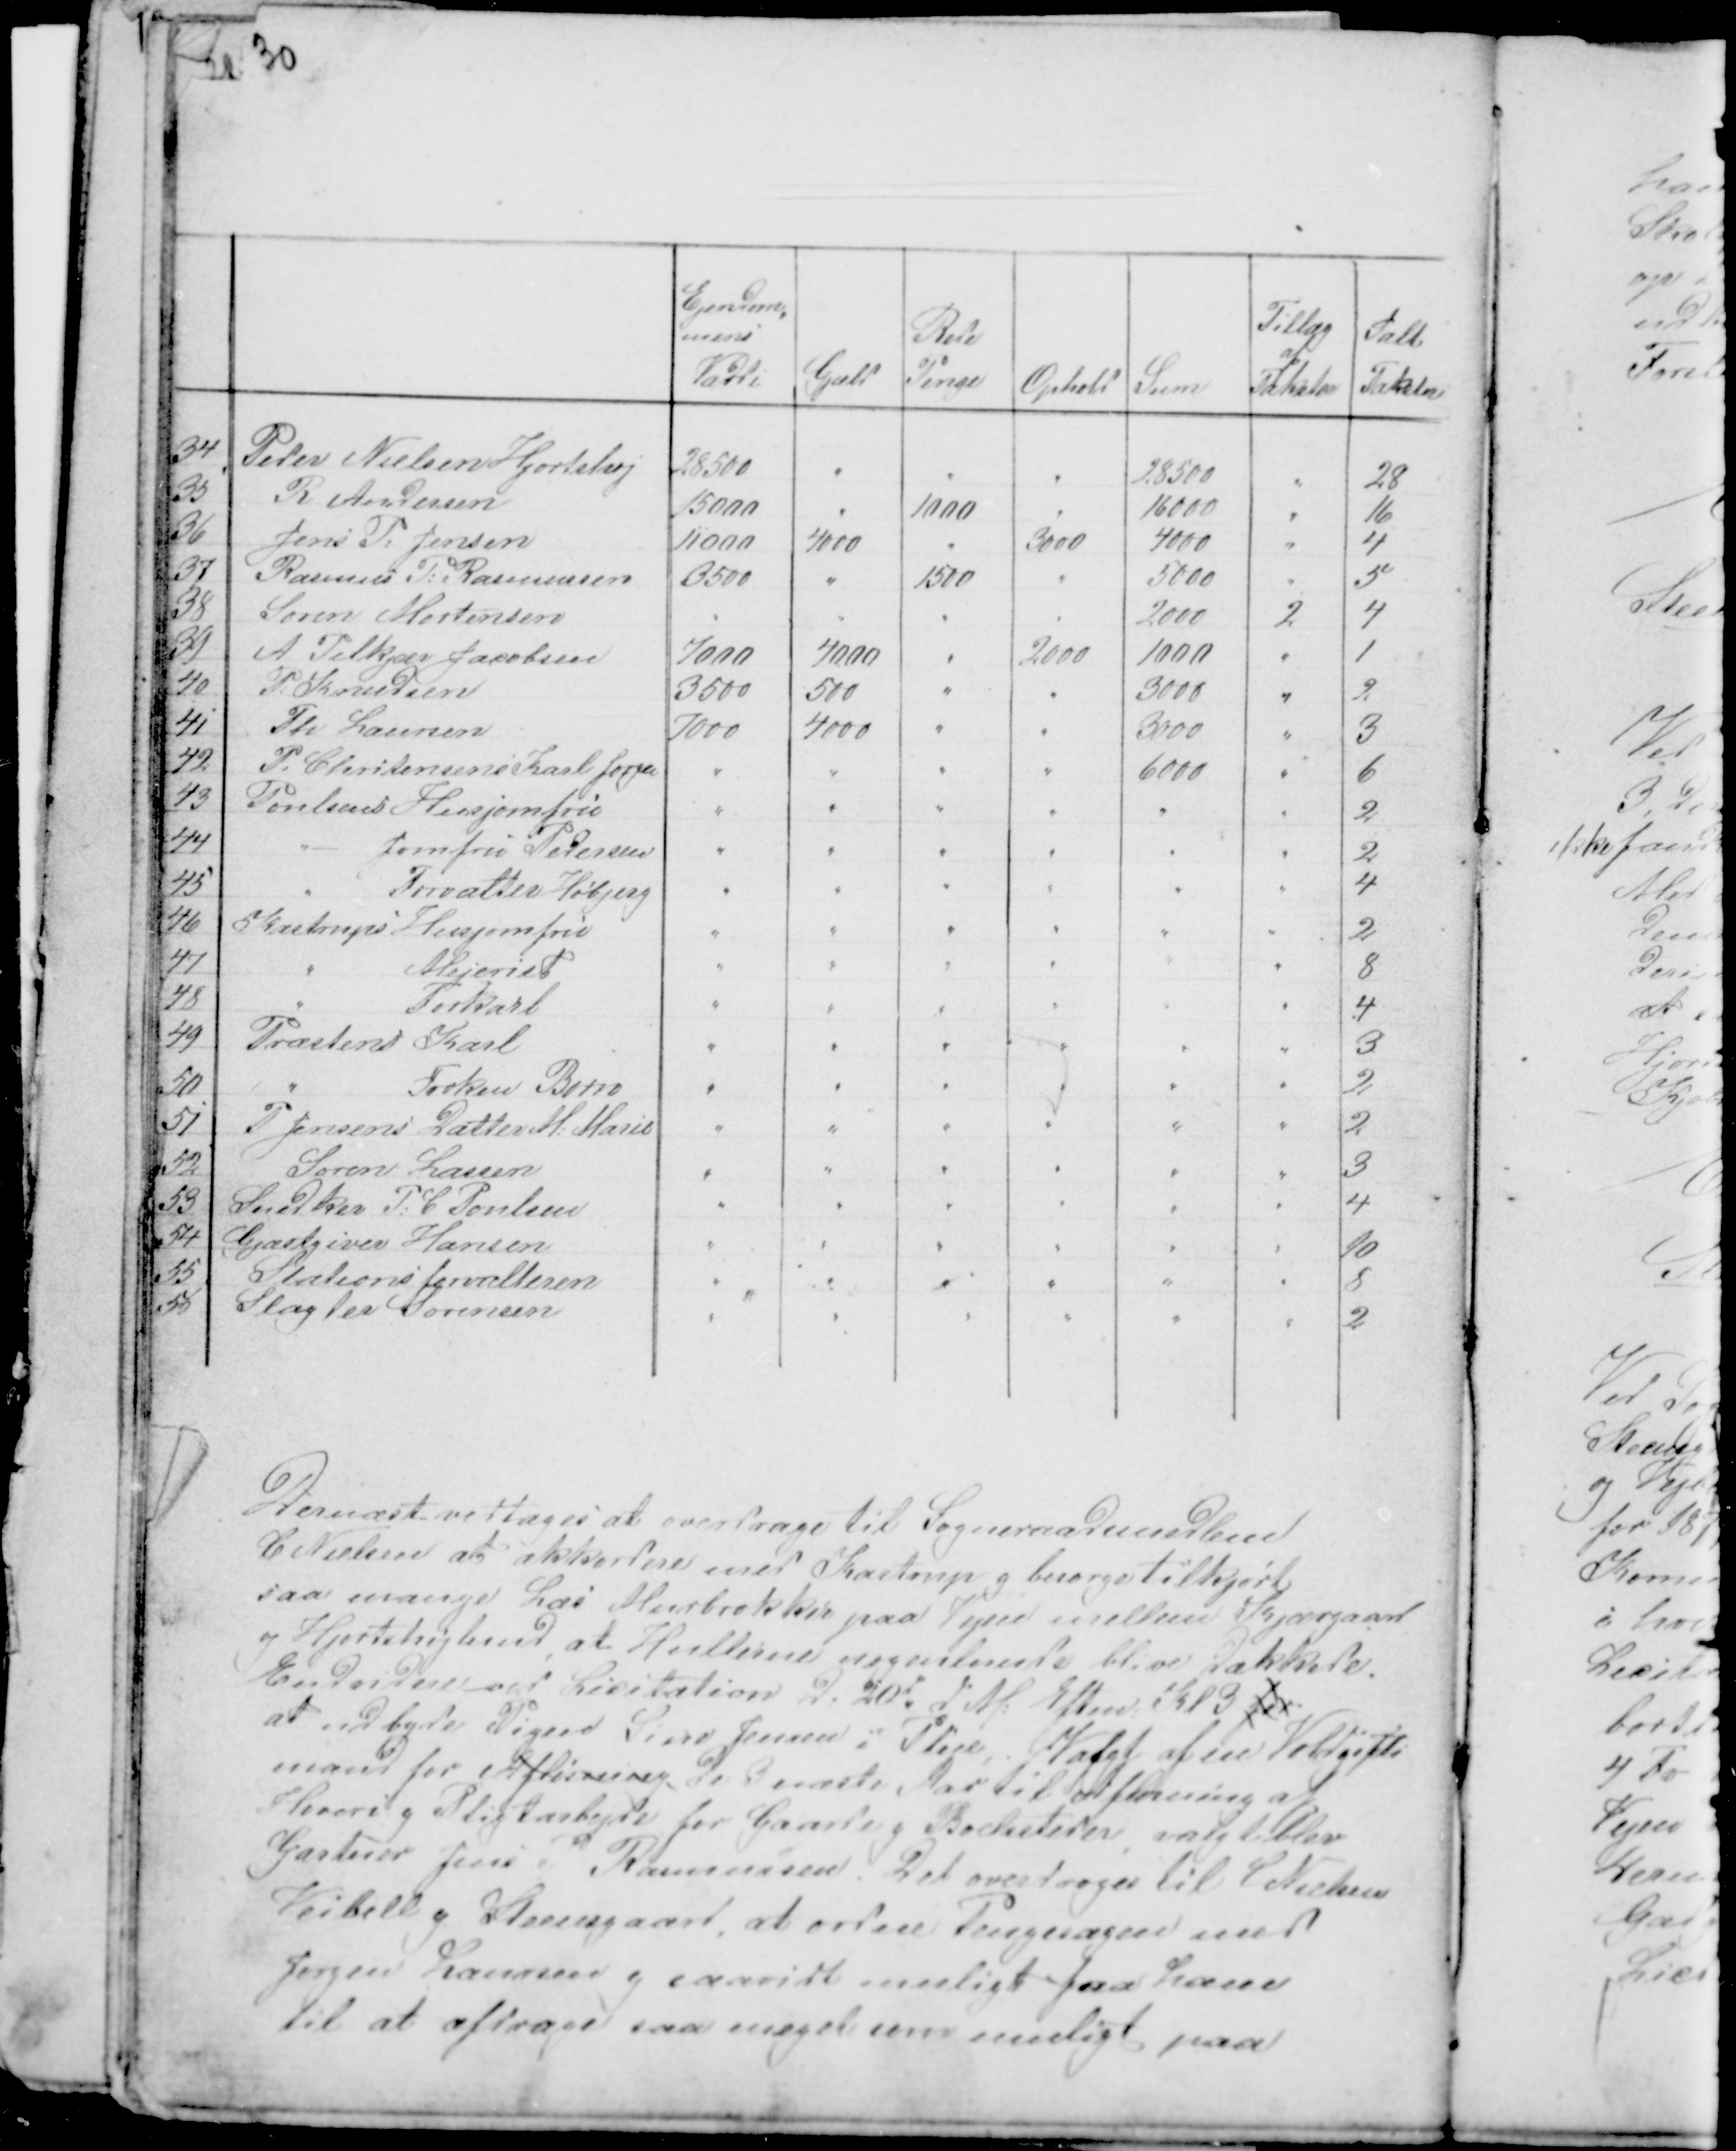
Transskription:
30

Dernæst vedtoges at overdrage til Sogneraadsmedlem
C Nielsen at akkordere med Kastrup g besørge tilkjørt
saa mange Læs Murbrokker paa Vejen mellem Kjærgaard
og Hjortshøjlund, at Hullerne nogenlunde blive dækkede.
Endvidere ved Licitation d. 20d d.M: Eftm: Kl 3 for
at udbyde Pigen Sine Jensen i Pleje, . Valgt af en Voldgifts
mand for Afløsning de 3 næste Aar til Afløsning af
Hoveri g Pligtarbejde for Gaarde g Boelssteder, valgt blev
Gartner Jens Rasmussen. Det overdroges til C Nielsen
Veibell g Steensgaard, at ordne Pengesagen med
Jørgen Laursen g saavidt muligt faa ham
til at afdrage saa meget som muligt paa